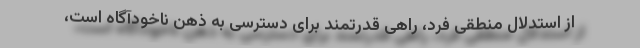
از استدلال منطقی فرد، راهی قدرتمند برای دسترسی به ذهن ناخودآگاه است،